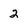
Character: 2